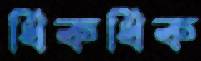
ধিকধিক